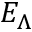
E _ { \Lambda }